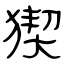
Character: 猰